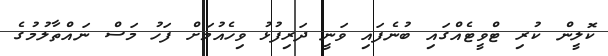
ކޮލީން ކުރި ޓްވީޓެއްގައި ބުނެފައި ވަނީ ދަރިފުޅު ވިހެއުމަށް ފަހު މަސް ނައްތާލުމުގެ